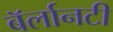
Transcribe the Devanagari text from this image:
बॅर्लानटी